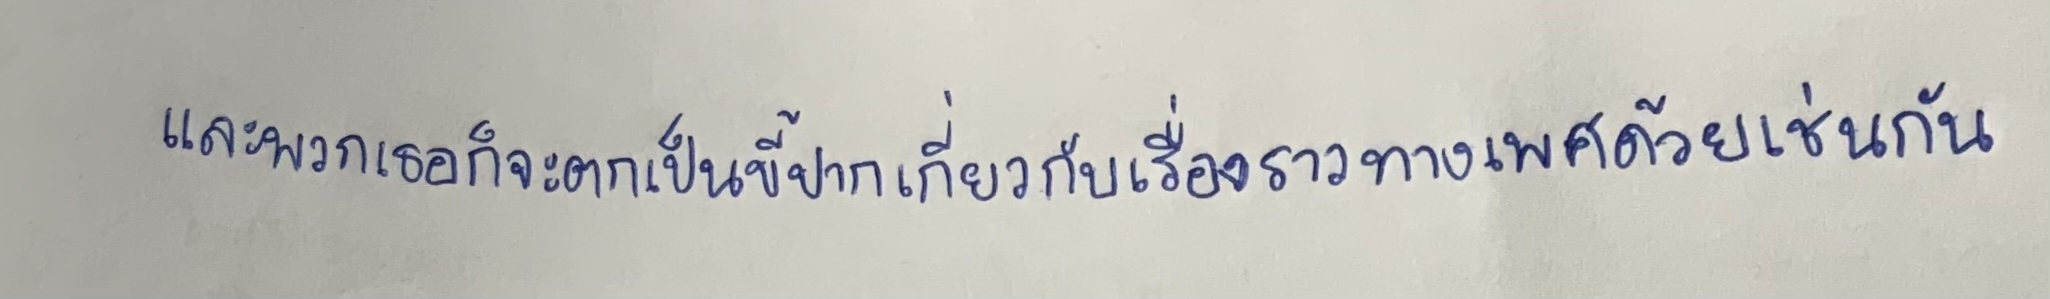
และพวกเธอก็จะตกเป็นขี้ปากเกี่ยวกับเรื่องราวทางเพศด้วยเช่นกัน